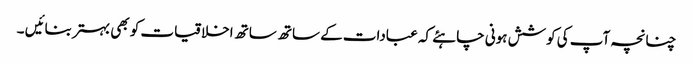
چنانچہ آپ کی کوشش ہونی چاہئے کہ عبادات کے ساتھ ساتھ اخلاقیات کو بھی بہتر بنائیں ۔